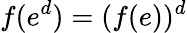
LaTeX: f(e^{d})=(f(e))^{d}